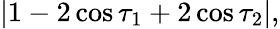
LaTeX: \begin{array}{r}{|1-2\cos\tau_{1}+2\cos\tau_{2}|,}\end{array}